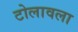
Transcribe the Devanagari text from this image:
टोलावला